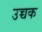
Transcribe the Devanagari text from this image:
उच्चक